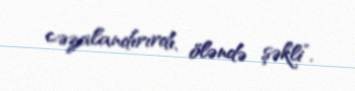
cəzalandırırdı, öləndə şəkli”.